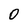
Character: 0